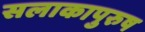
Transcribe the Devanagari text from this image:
सलाकापुरुष